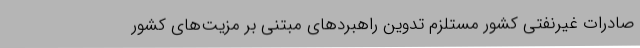
صادرات غیرنفتی کشور مستلزم تدوین راهبردهای مبتنی بر مزیت‌های کشور